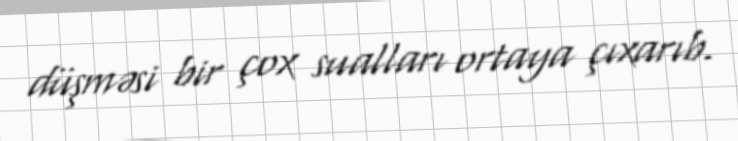
düşməsi bir çox sualları ortaya çıxarıb.